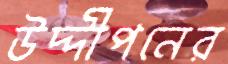
উদ্দীপনের